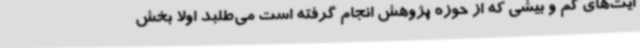
ایت‌های کم و بیشی که از حوزه پژوهش انجام گرفته است می‌طلبد اولا بخش